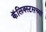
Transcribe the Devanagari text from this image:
कॅलिक्स्टसच्या